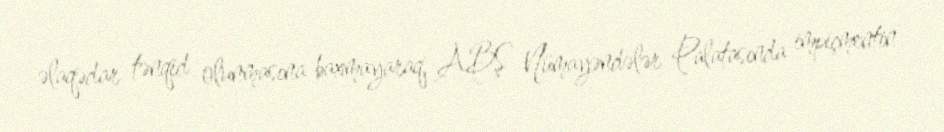
əlaqədar tənqid olunmasına baxmayaraq, ABŞ Nümayəndələr Palatasında impiçmentin